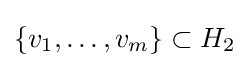
\{v_{1},\ldots ,v_{m}\}\subset H_{2}